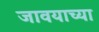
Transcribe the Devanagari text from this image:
जावयाच्या